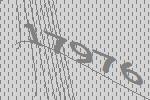
17976